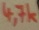
Text: 4,7k